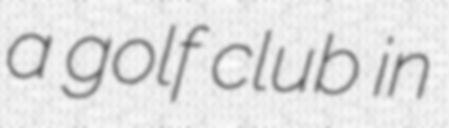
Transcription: a golf club in